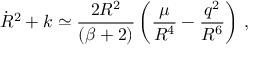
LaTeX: \dot { R } ^ { 2 } + k \simeq \frac { 2 R ^ { 2 } } { ( \beta + 2 ) } \left( \frac { \mu } { R ^ { 4 } } - \frac { q ^ { 2 } } { R ^ { 6 } } \right) \, ,